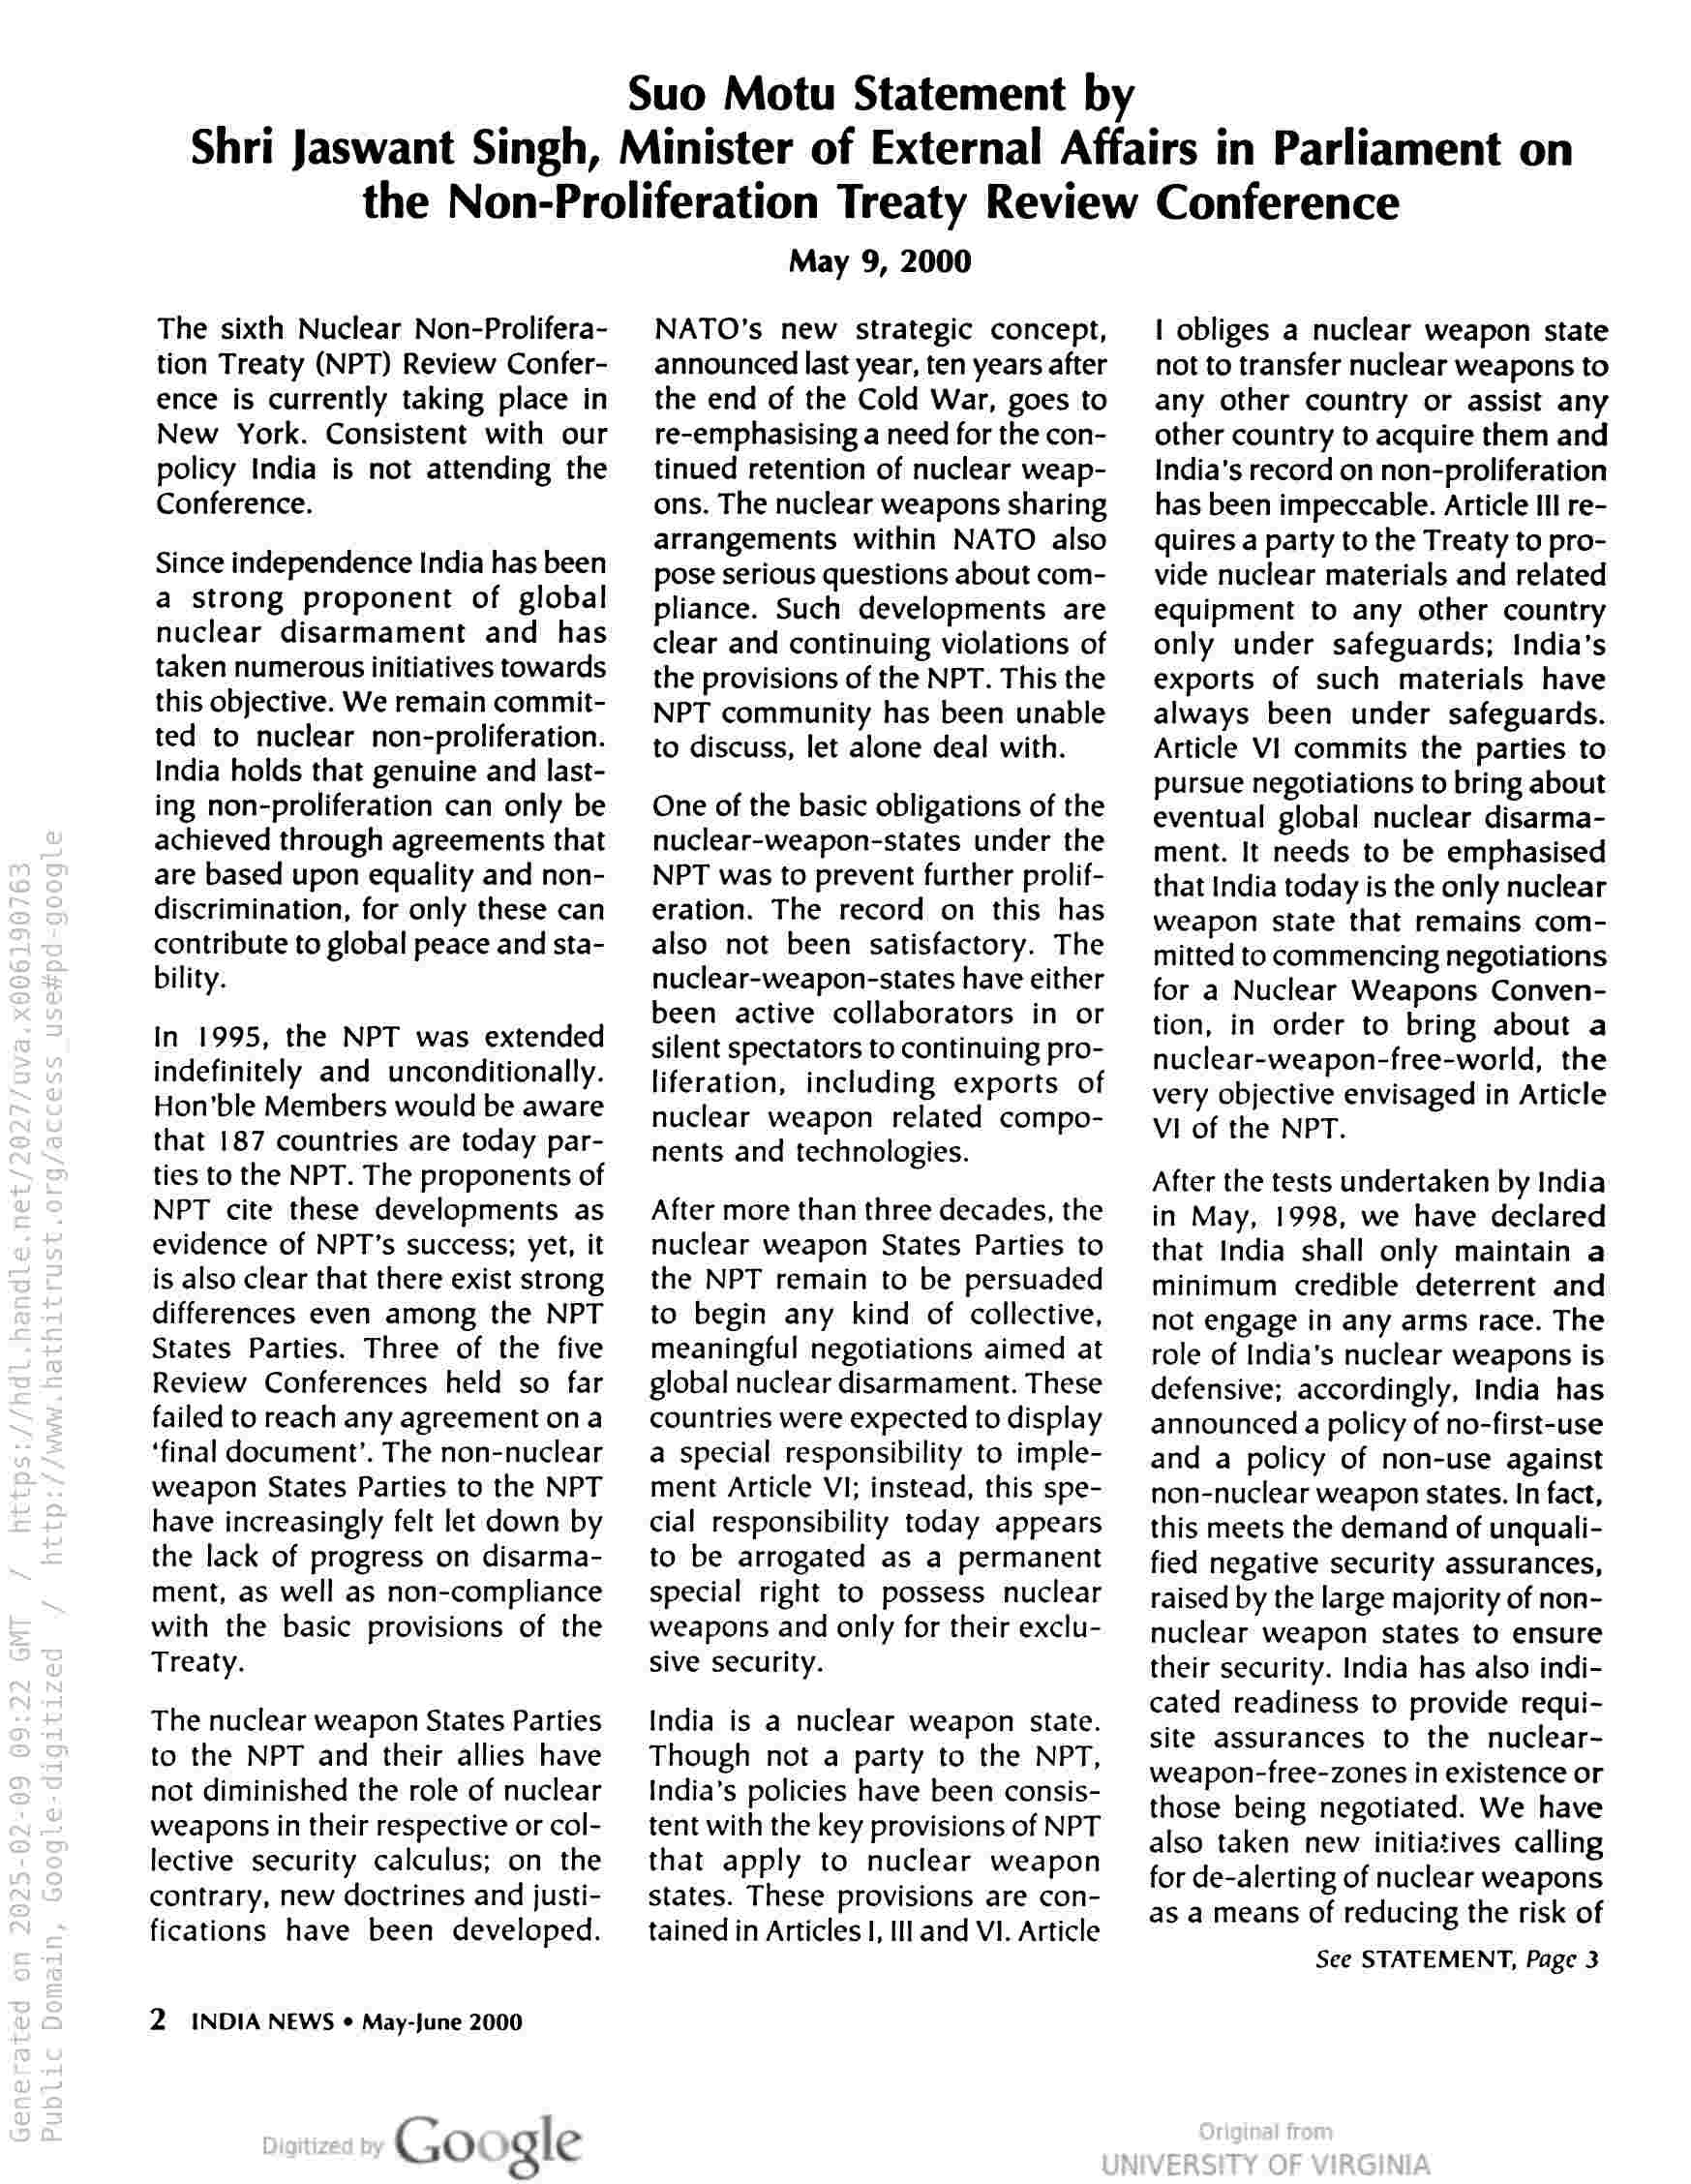
Suo Motu Statement by

Shri Jaswant Singh, Minister of External Affairs in Parliament on
the Non-Proliferation Treaty Review Conference

The sixth Nuclear Non-Prolifera-
tion Treaty (NPT) Review Confer-
ence is currently taking place in
New York. Consistent with our
policy India is not attending the
Conference.

Since independence India has been
a strong proponent of global
nuclear disarmament and has
taken numerous initiatives towards
this objective. We remain commit-
ted to nuclear non-proliferation.
India holds that genuine and last-
ing non-proliferation can only be
achieved through agreements that
are based upon equality and non-
discrimination, for only these can
contribute to global peace and sta-
bility.

In 1995, the NPT was extended
indefinitely and unconditionally.
Hon'ble Members would be aware
that 187 countries are today par-
ties to the NPT. The proponents of
NPT cite these developments as
evidence of NPT’s success; yet, it
is also clear that there exist strong
differences even among the NPT
States Parties. Three of the five
Review Conferences held so far
failed to reach any agreement ona
‘final document’. The non-nuclear
weapon States Parties to the NPT
have increasingly felt let down by
the lack of progress on disarma-
ment, as well as non-compliance
with the basic provisions of the
Treaty.

The nuclear weapon States Parties
to the NPT and their allies have
not diminished the role of nuclear
weapons in their respective or col-
lective security calculus; on the
contrary, new doctrines and justi-
fications have been developed.

2. INDIA NEWS ¢ May-June 2000

Google

May 9, 2000

NATO's new strategic concept,
announced last year, ten years after
the end of the Cold War, goes to
re-emphasising a need for the con-
tinued retention of nuclear weap-
ons. The nuclear weapons sharing
arrangements within NATO also
pose serious questions about com-
pliance. Such developments are
clear and continuing violations of
the provisions of the NPT. This the
NPT community has been unable
to discuss, let alone deal with.

One of the basic obligations of the
nuclear-weapon-states under the
NPT was to prevent further prolif-
eration. The record on this has
also not been satisfactory. The
nuclear-weapon-states have either
been active collaborators in or
silent spectators to continuing pro-
liferation, including exports of
nuclear weapon related compo-
nents and technologies.

After more than three decades, the
nuclear weapon States Parties to
the NPT remain to be persuaded
to begin any kind of collective,
meaningful negotiations aimed at
global nuclear disarmament. These
countries were expected to display
a special responsibility to imple-
ment Article VI; instead, this spe-
cial responsibility today appears
to be arrogated as a permanent
special right to possess nuclear
weapons and only for their exclu-
sive security.

India is a nuclear weapon state.
Though not a party to the NPT,
India’s policies have been consis-
tent with the key provisions of NPT
that apply to nuclear weapon
states. These provisions are con-
tained in Articles |, Ill and VI. Article

| obliges a nuclear weapon state
not to transfer nuclear weapons to
any other country or assist any
other country to acquire them and
India’s record on non-proliferation
has been impeccable. Article III re-
quires a party to the Treaty to pro-
vide nuclear materials and related
equipment to any other country
only under safeguards; India’s
exports of such materials have
always been under safeguards.
Article VI commits the parties to
pursue negotiations to bring about
eventual global nuclear disarma-
ment. It needs to be emphasised
that India today is the only nuclear
weapon state that remains com-
mitted to commencing negotiations
for a Nuclear Weapons Conven-
tion, in order to bring about a
nuclear-weapon-free-world, the
very objective envisaged in Article
VI of the NPT.

After the tests undertaken by India
in May, 1998, we have declared
that India shall only maintain a
minimum credible deterrent and
not engage in any arms race. The
role of India’s nuclear weapons is
defensive; accordingly, India has
announced a policy of no-first-use
and a policy of non-use against
non-nuclear weapon states. In fact,
this meets the demand of unquali-
fied negative security assurances,
raised by the large majority of non-
nuclear weapon states to ensure
their security. India has also indi-
cated readiness to provide requi-
site assurances to the nuclear-
weapon-free-zones in existence or
those being negotiated. We have
also taken new initiatives calling
for de-alerting of nuclear weapons
as a means of reducing the risk of

See STATEMENT, Page 3